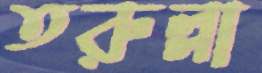
তরুল্লা